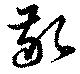
敬